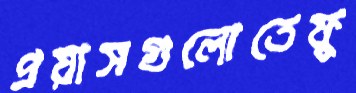
প্রয়াসগুলোতেফু